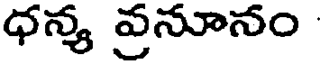
ధన్య వ్రనూనం